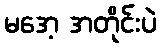
မအေ့ အတိုင်းပဲ